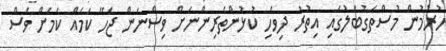
ހުރުމުން މުސްތަގުބަލުގައި އިތުރު ދިވެހި ކުޅުންތެރިންނަށް ވިސްނަން ޖެހޭ ކަމެއް ކަމަށް ވެސް